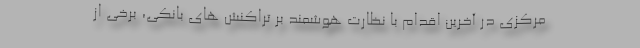
مرکزی در آخرین اقدام با نظارت هوشمند بر تراکنش های بانکی، برخی از